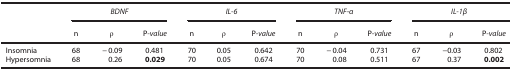
<table><thead><tr><td><b> </b></td><td colspan="3"><b><i>BDNF</i></b></td><td colspan="3"><b><i>IL-6</i></b></td><td colspan="3"><b><i>TNF-α</i></b></td><td colspan="3"><b><i>IL-1β</i></b></td></tr><tr><td><b> </b></td><td><b>n</b></td><td><b>ρ</b></td><td><b>P<i>-value</i></b></td><td><b>n</b></td><td><b>ρ</b></td><td><b>P<i>-value</i></b></td><td><b>n</b></td><td><b>ρ</b></td><td><b>P<i>-value</i></b></td><td><b>n</b></td><td><b>ρ</b></td><td><b>P<i>-value</i></b></td></tr></thead><tbody><tr><td>Insomnia</td><td>68</td><td>−0.09</td><td>0.481</td><td>70</td><td>0.05</td><td>0.642</td><td>70</td><td>−0.04</td><td>0.731</td><td>67</td><td>−0.03</td><td>0.802</td></tr><tr><td>Hypersomnia</td><td>68</td><td>0.26</td><td><b>0.029</b></td><td>70</td><td>0.05</td><td>0.674</td><td>70</td><td>0.08</td><td>0.511</td><td>67</td><td>0.37</td><td><b>0.002</b></td></tr></tbody></table>